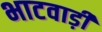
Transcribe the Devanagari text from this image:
भाटवाड़ी